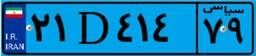
۲۱D۴۱۴۷۹